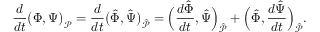
\frac { d } { d t } \big ( \boldsymbol { \Phi } , \boldsymbol { \Psi } \big ) _ { \mathcal { P } } = \frac { d } { d t } \big ( \hat { \boldsymbol { \Phi } } , \hat { \boldsymbol { \Psi } } \big ) _ { \hat { \mathcal { P } } } = \Big ( \frac { d \hat { \boldsymbol { \Phi } } } { d t } , \hat { \boldsymbol { \Psi } } \Big ) _ { \hat { \mathcal { P } } } + \Big ( \hat { \boldsymbol { \Phi } } , \frac { d \hat { \boldsymbol { \Psi } } } { d t } \Big ) _ { \hat { \mathcal { P } } } .